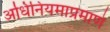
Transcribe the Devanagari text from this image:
अधिनियमाप्रमाणे